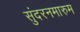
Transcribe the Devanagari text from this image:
सुंदरनमारुम